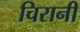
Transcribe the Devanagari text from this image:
चिरानी